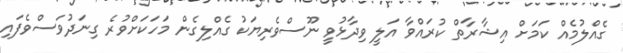
ގެއްލުމެއް ކަމަށް އިޝާރާތް ކުރައްވާ އަލީ ވިދާޅުވީ ނޫސްވެރިޔަކު ގެއްލިގެން މަހަކަށްވުރެ ގިނަދުވަސްވެފައި